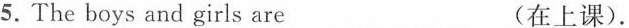
5.The boys and girls are ___ (在上课).